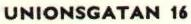
UNIONSGATAN 16